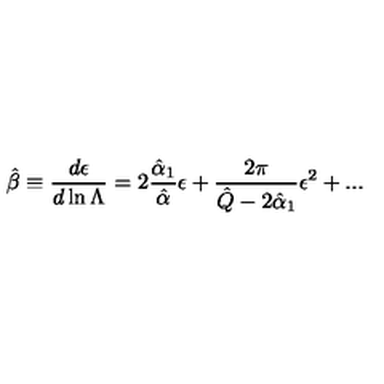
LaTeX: \hat { \beta } \equiv { \frac { d \epsilon } { d \ln \Lambda } } = 2 \frac { { \hat { \alpha } _ { 1 } } } { { \hat { \alpha } } } \epsilon + { \frac { 2 \pi } { \hat { Q } - 2 \hat { \alpha } _ { 1 } } } \epsilon ^ { 2 } + . . .